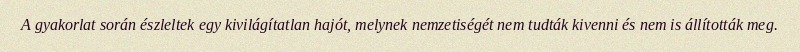
A gyakorlat során észleltek egy kivilágítatlan hajót, melynek nemzetiségét nem tudták kivenni és nem is állították meg.